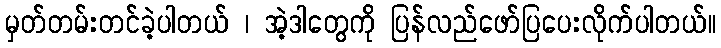
မှတ်တမ်းတင်ခဲ့ပါတယ် ၊ အဲ့ဒါတွေကို ပြန်လည်ဖော်ပြပေးလိုက်ပါတယ်။